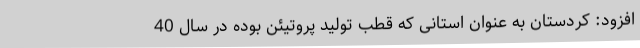
افزود: کردستان به عنوان استانی که قطب تولید پروتیئن بوده در سال 40